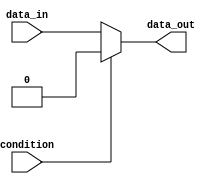
module if_else_with_negation (
    input wire condition,
    input wire data_in,
    output wire data_out
);

    always @ (*) begin
        if (~condition) begin
            // Code within the if block
            data_out = data_in;
        end
        else begin
            // Code within the else block
            data_out = 0;
        end
    end

endmodule